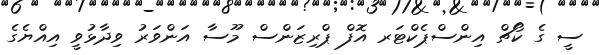
ސީ ގެ ކޯޗް އިންސްޕެކްޓަރ އޮފް ޕްރިޒަންސް މޫސާ އަންވަރު ވިދާޅުވީ އިއްޔެގެ